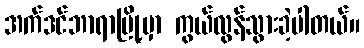
အက်ဒင်ဘာရာမြို့မှာ ကွယ်လွန်သွားခဲ့ပါတယ်။